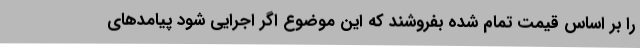
را بر اساس قیمت تمام شده بفروشند که این موضوع اگر اجرایی شود پیامدهای